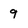
Character: 9